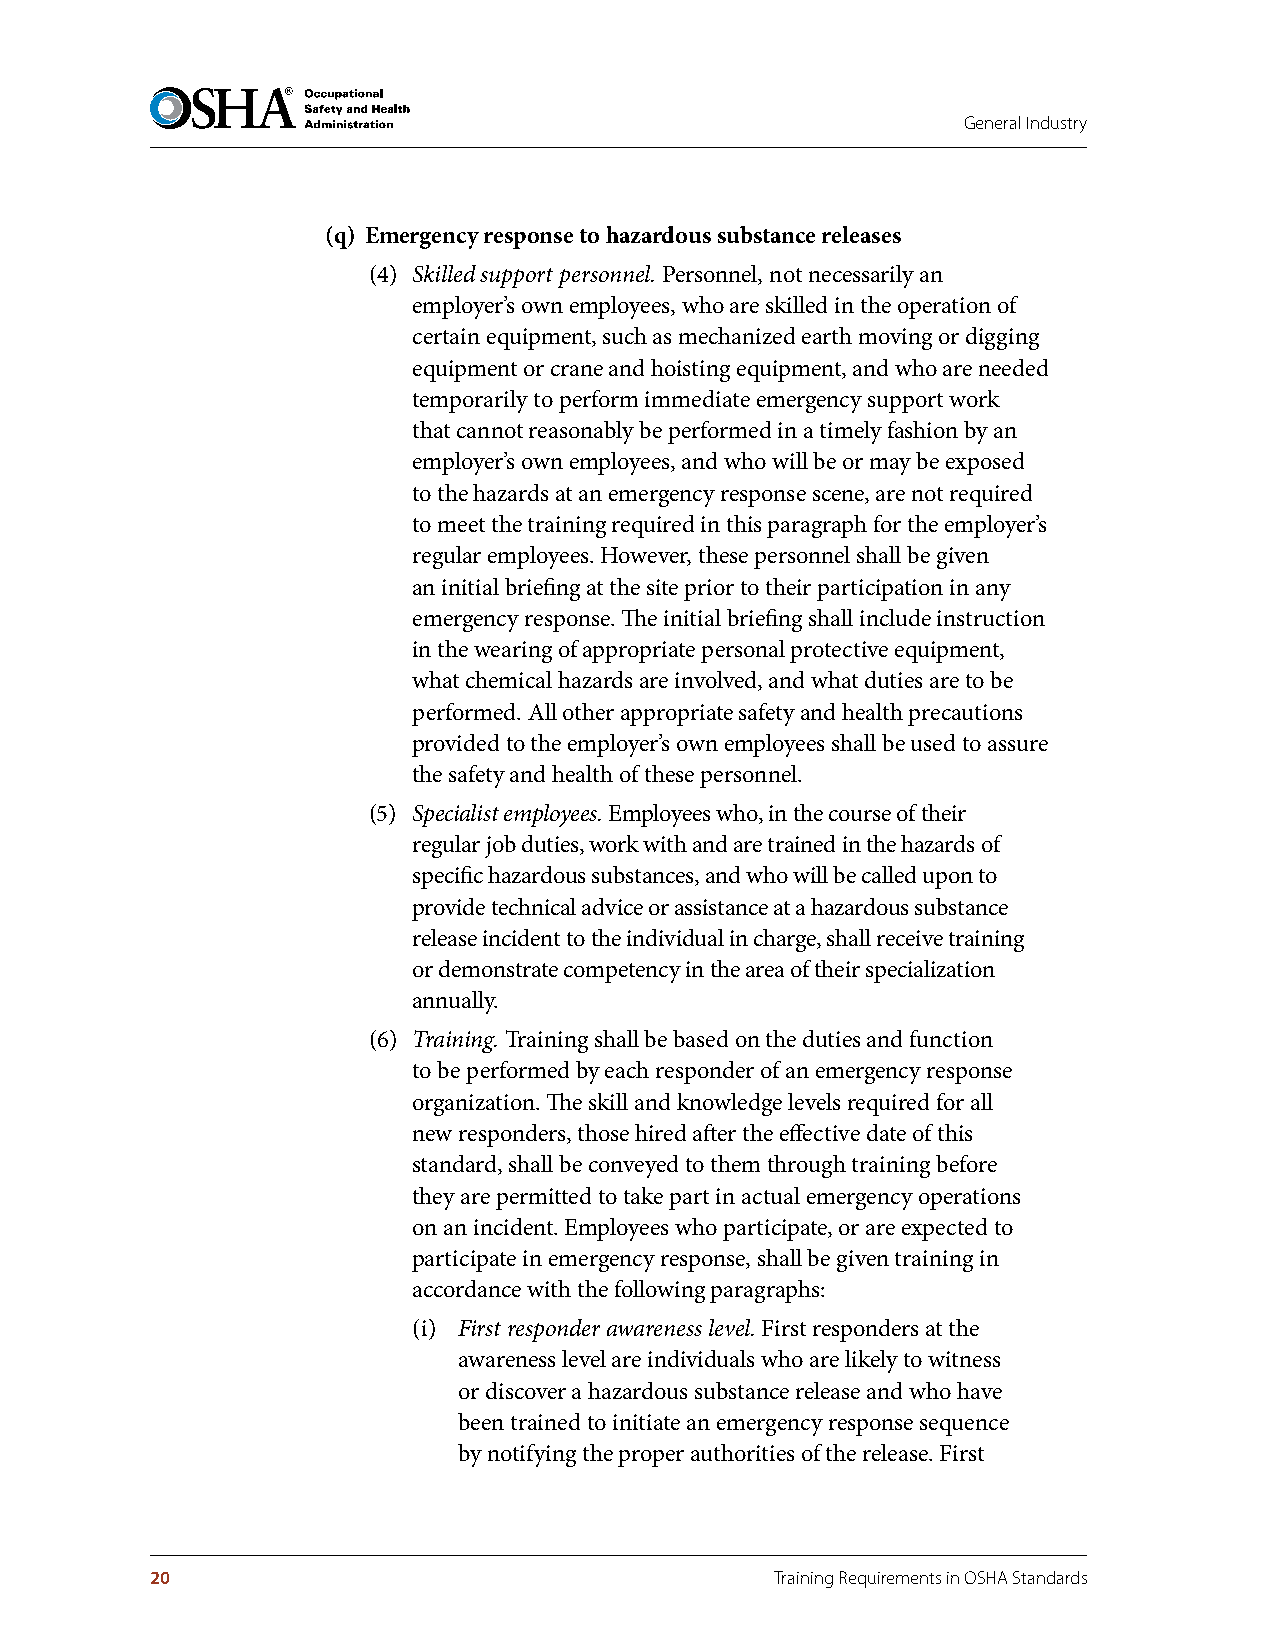
General Industry
 (q) Emergency response to hazardous substance releases
 (4) Skilled support personnel. Personnel, not necessarily an
 employer’s own employees, who are skilled in the operation of
 certain equipment, such as mechanized earth moving or digging
 equipment or crane and hoisting equipment, and who are needed
 temporarily to perform immediate emergency support work
 that cannot reasonably be performed in a timely fashion by an
 employer’s own employees, and who will be or may be exposed
 to the hazards at an emergency response scene, are not required
 to meet the training required in this paragraph for the employer’s
 regular employees. However, these personnel shall be given
 an initial briefing at the site prior to their participation in any
 emergency response. The initial briefing shall include instruction
 in the wearing of appropriate personal protective equipment,
 what chemical hazards are involved, and what duties are to be
 performed. All other appropriate safety and health precautions
 provided to the employer’s own employees shall be used to assure
 the safety and health of these personnel.
 (5) Specialist employees. Employees who, in the course of their
 regular job duties, work with and are trained in the hazards of
 specific hazardous substances, and who will be called upon to
 provide technical advice or assistance at a hazardous substance
 release incident to the individual in charge, shall receive training
 or demonstrate competency in the area of their specialization
 annually.
 (6) Training. Training shall be based on the duties and function
 to be performed by each responder of an emergency response
 organization. The skill and knowledge levels required for all
 new responders, those hired after the effective date of this
 standard, shall be conveyed to them through training before
 they are permitted to take part in actual emergency operations
 on an incident. Employees who participate, or are expected to
 participate in emergency response, shall be given training in
 accordance with the following paragraphs:
 (i) First responder awareness level. First responders at the
 awareness level are individuals who are likely to witness
 or discover a hazardous substance release and who have
 been trained to initiate an emergency response sequence
 by notifying the proper authorities of the release. First
 20                                       Training Requirements in OSHA Standards